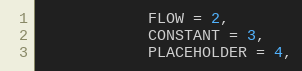
Language: C
            FLOW = 2,
            CONSTANT = 3,
            PLACEHOLDER = 4,